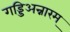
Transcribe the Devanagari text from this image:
गड्डिअन्नारम्